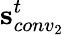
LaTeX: \mathbf{s}_{conv_{2}}^{t}